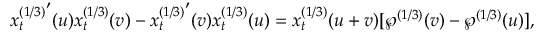
{ x _ { t } ^ { ( 1 / 3 ) } } ^ { \prime } ( u ) x _ { t } ^ { ( 1 / 3 ) } ( v ) - { x _ { t } ^ { ( 1 / 3 ) } } ^ { \prime } ( v ) x _ { t } ^ { ( 1 / 3 ) } ( u ) = x _ { t } ^ { ( 1 / 3 ) } ( u + v ) [ \wp ^ { ( 1 / 3 ) } ( v ) - \wp ^ { ( 1 / 3 ) } ( u ) ] ,